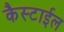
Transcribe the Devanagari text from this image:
कैस्टाईल